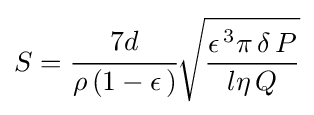
S={\cfrac {7d}{\rho \,(1-\epsilon \,)}}{\sqrt {\dfrac {\epsilon \,^{3}\pi \,\delta \,P}{l\eta \,Q}}}